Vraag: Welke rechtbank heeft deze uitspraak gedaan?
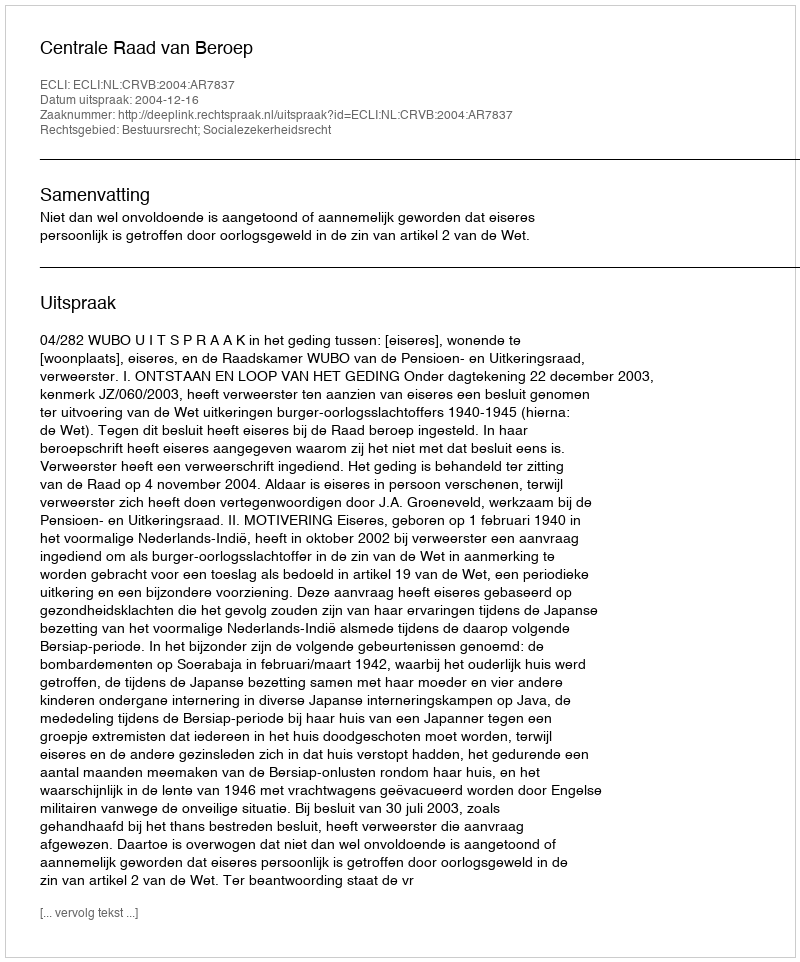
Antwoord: Centrale Raad van Beroep